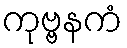
ကုဗ္ဗနကံ